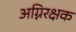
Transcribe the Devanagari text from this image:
अग्निरक्षक